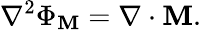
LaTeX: \nabla^{2}\Phi_{\mathbf{M}}=\nabla\cdot\mathbf{{\mathbf{M}}}.